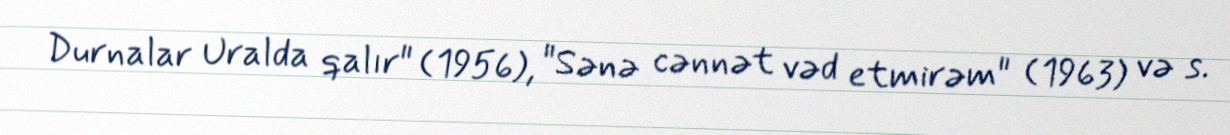
Durnalar Uralda qalır" (1956), "Sənə cənnət vəd etmirəm" (1963) və s.